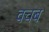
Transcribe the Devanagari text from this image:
वचब